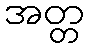
အတ္တ